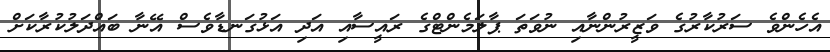
އެހެންވެ ސަރުކާރުގެ ވަޒީރުންނާއި ނުވަތަ ޕާލަމެންޓްގެ ރައީސާއި އަދި އަޅުގަނޑާވެސް އޭނާ ބައްދަލުކުރާކަށް